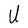
Character: U